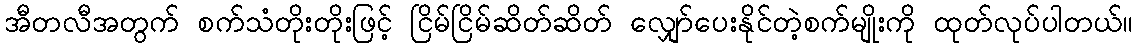
အီတလီအတွက် စက်သံတိုးတိုးဖြင့် ငြိမ်ငြိမ်ဆိတ်ဆိတ် လျှော်ပေးနိုင်တဲ့စက်မျိုးကို ထုတ်လုပ်ပါတယ်။